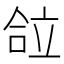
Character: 𰇴